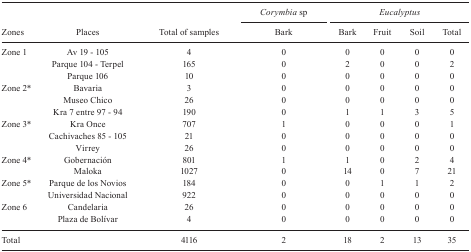
|  |  |  | Corymbia sp | <COLSPAN=4> Eucalyptus |
 |  |  |  |  | <COLSPAN=4>  |
 | Zones | Places | Total of samples | Bark | Bark | Fruit | Soil | Total |
 | --- | --- | --- | --- | --- | --- | --- | --- |
 | <ROWSPAN=3> Zone 1 | Av 19 - 105 | 4 | 0 | 0 | 0 | 0 | 0 |
 | Parque 104 - Terpel | 165 | 0 | 2 | 0 | 0 | 2 |
 | Parque 106 | 10 | 0 | 0 | 0 | 0 | 0 |
 | <ROWSPAN=3> Zone 2* | Bavaria | 3 | 0 | 0 | 0 | 0 | 0 |
 | Museo Chico | 26 | 0 | 0 | 0 | 0 | 0 |
 | Kra 7 entre 97 - 94 | 190 | 0 | 1 | 1 | 3 | 5 |
 | <ROWSPAN=3> Zone 3* | Kra Once | 707 | 1 | 0 | 0 | 0 | 1 |
 | Cachivaches 85 - 105 | 21 | 0 | 0 | 0 | 0 | 0 |
 | Virrey | 26 | 0 | 0 | 0 | 0 | 0 |
 | <ROWSPAN=2> Zone 4* | Gobernación | 801 | 1 | 1 | 0 | 2 | 4 |
 | Maloka | 1027 | 0 | 14 | 0 | 7 | 21 |
 | <ROWSPAN=2> Zone 5* | Parque de los Novios | 184 | 0 | 0 | 1 | 1 | 2 |
 | Universidad Nacional | 922 | 0 | 0 | 0 | 0 | 0 |
 | <ROWSPAN=2> Zone 6 | Candelaria | 26 | 0 | 0 | 0 | 0 | 0 |
 | Plaza de Bolívar | 4 | 0 | 0 | 0 | 0 | 0 |
 | <COLSPAN=2> Total | 4116 | 2 | 18 | 2 | 13 | 35 |